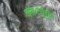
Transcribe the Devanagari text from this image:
अंतःन्यूरॉन